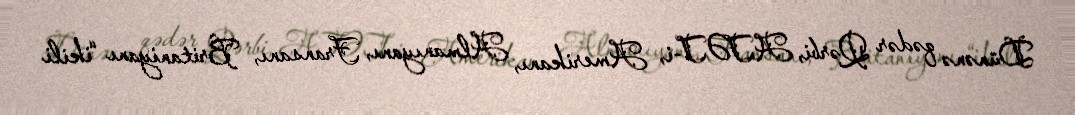
Dünənə qədər Qərbi, ATƏT-i, Amerikanı, Almanıyanı, Fransanı, Britaniyanı “ikili